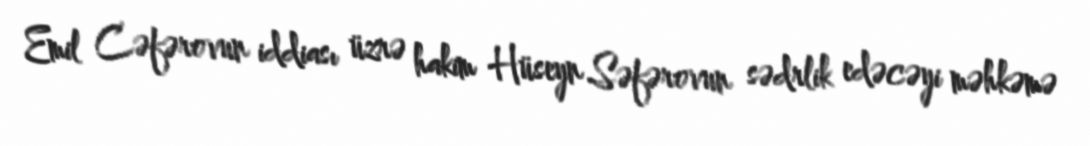
Emil Cəfərovun iddiası üzrə hakim Hüseyn Səfərovun sədrlik edəcəyi məhkəmə